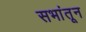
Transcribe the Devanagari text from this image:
सभांतून